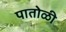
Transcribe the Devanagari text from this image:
पातोळी